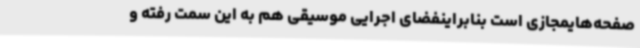
صفحه‌هایمجازی است بنابراینفضای اجرایی موسیقی هم به این سمت رفته و